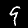
Label: 9